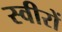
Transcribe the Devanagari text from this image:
स्वीरों